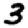
Digit: 3